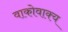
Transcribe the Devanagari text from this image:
वाकोवाक्य